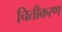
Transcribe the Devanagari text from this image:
चितीकरण